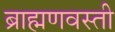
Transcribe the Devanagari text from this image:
ब्राह्मणवस्ती